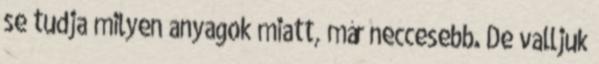
se tudja milyen anyagok miatt, már neccesebb. De valljuk